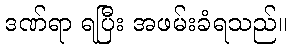
ဒဏ်ရာ ရပြီး အဖမ်းခံရသည်။